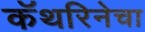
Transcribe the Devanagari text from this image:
कॅथरिनेचा